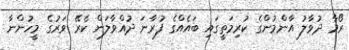
ރޯމާ ދުވާލު އާންމުންގެ ކުރިމަތީގައި ބައެއްގެ ފުރާނަ ދުއްވާލަން ކެރޭ ވަރުގެ މީހުންނާ